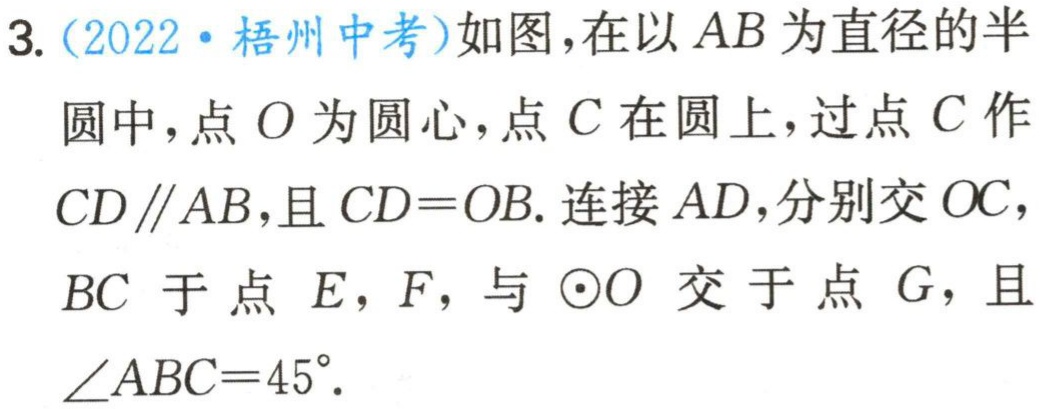
3.（2022·梧州中考）如图，在以\(AB\)为直径的半圆中，点\(O\)为圆心，点\(C\)在圆上，过点\(C\)作\(CD \parallel AB\)，且\(CD = OB\). 连接\(AD\)，分别交\(OC\)，\(BC\)于点\(E\)，\(F\)，与\(\odot O\)交于点\(G\)，且\(\angle ABC = 45^{\circ}\).